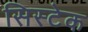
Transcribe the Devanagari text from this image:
सिस्टेक